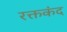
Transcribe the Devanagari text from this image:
रक्तकंद